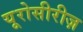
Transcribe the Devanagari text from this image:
यूरोसीरीज़